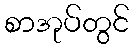
စာအုပ်တွင်